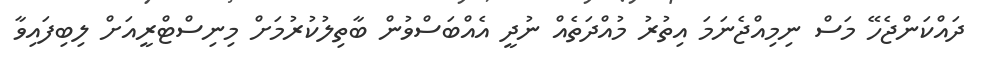
ދައްކަންޖެހޭ މަސް ނިމިއްޖެނަމަ އިތުރު މުއްދަތެއް ނުދީ އެއްބަސްވުން ބާތިލުކުރުމަށް މިނިސްޓްރީއަށް ލިބިފައިވާ